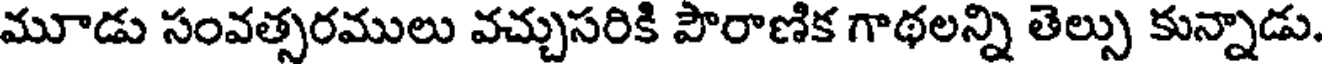
మూడు సంవత్సరములు వచ్చుసరికి పౌరాణిక గాథలన్ని తెల్సు కున్నాడు.